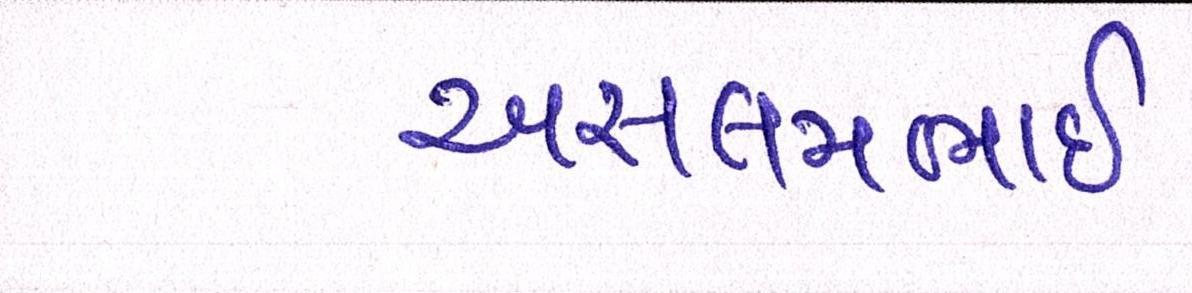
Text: અસલમભાઈ